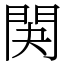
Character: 䦑